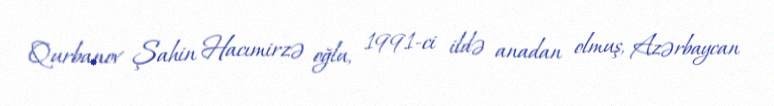
Qurbanov Şahin Hacımirzə oğlu, 1991-ci ildə anadan olmuş, Azərbaycan